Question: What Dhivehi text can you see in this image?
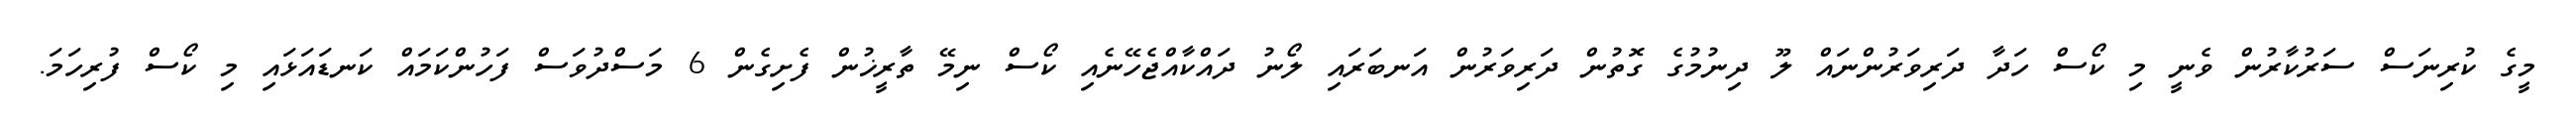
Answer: މީގެ ކުރިނަސް ސަރުކާރުން ވެނީ މި ކޯސް ހަދާ ދަރިވަރުންނައް ލޫ ދިނުމުގެ ގޮތުން ދަރިވަރުން އަނބަރައި ލޯނު ދައްކާއްޖެހޭނެއި ކޯސް ނިމޭ ތާރީޚުން ފެށިގެން 6 މަސްދުވަސް ފަހުންކަމައް ކަނޑައަޅައި މި ކޯސް ފުރިހަމަ.